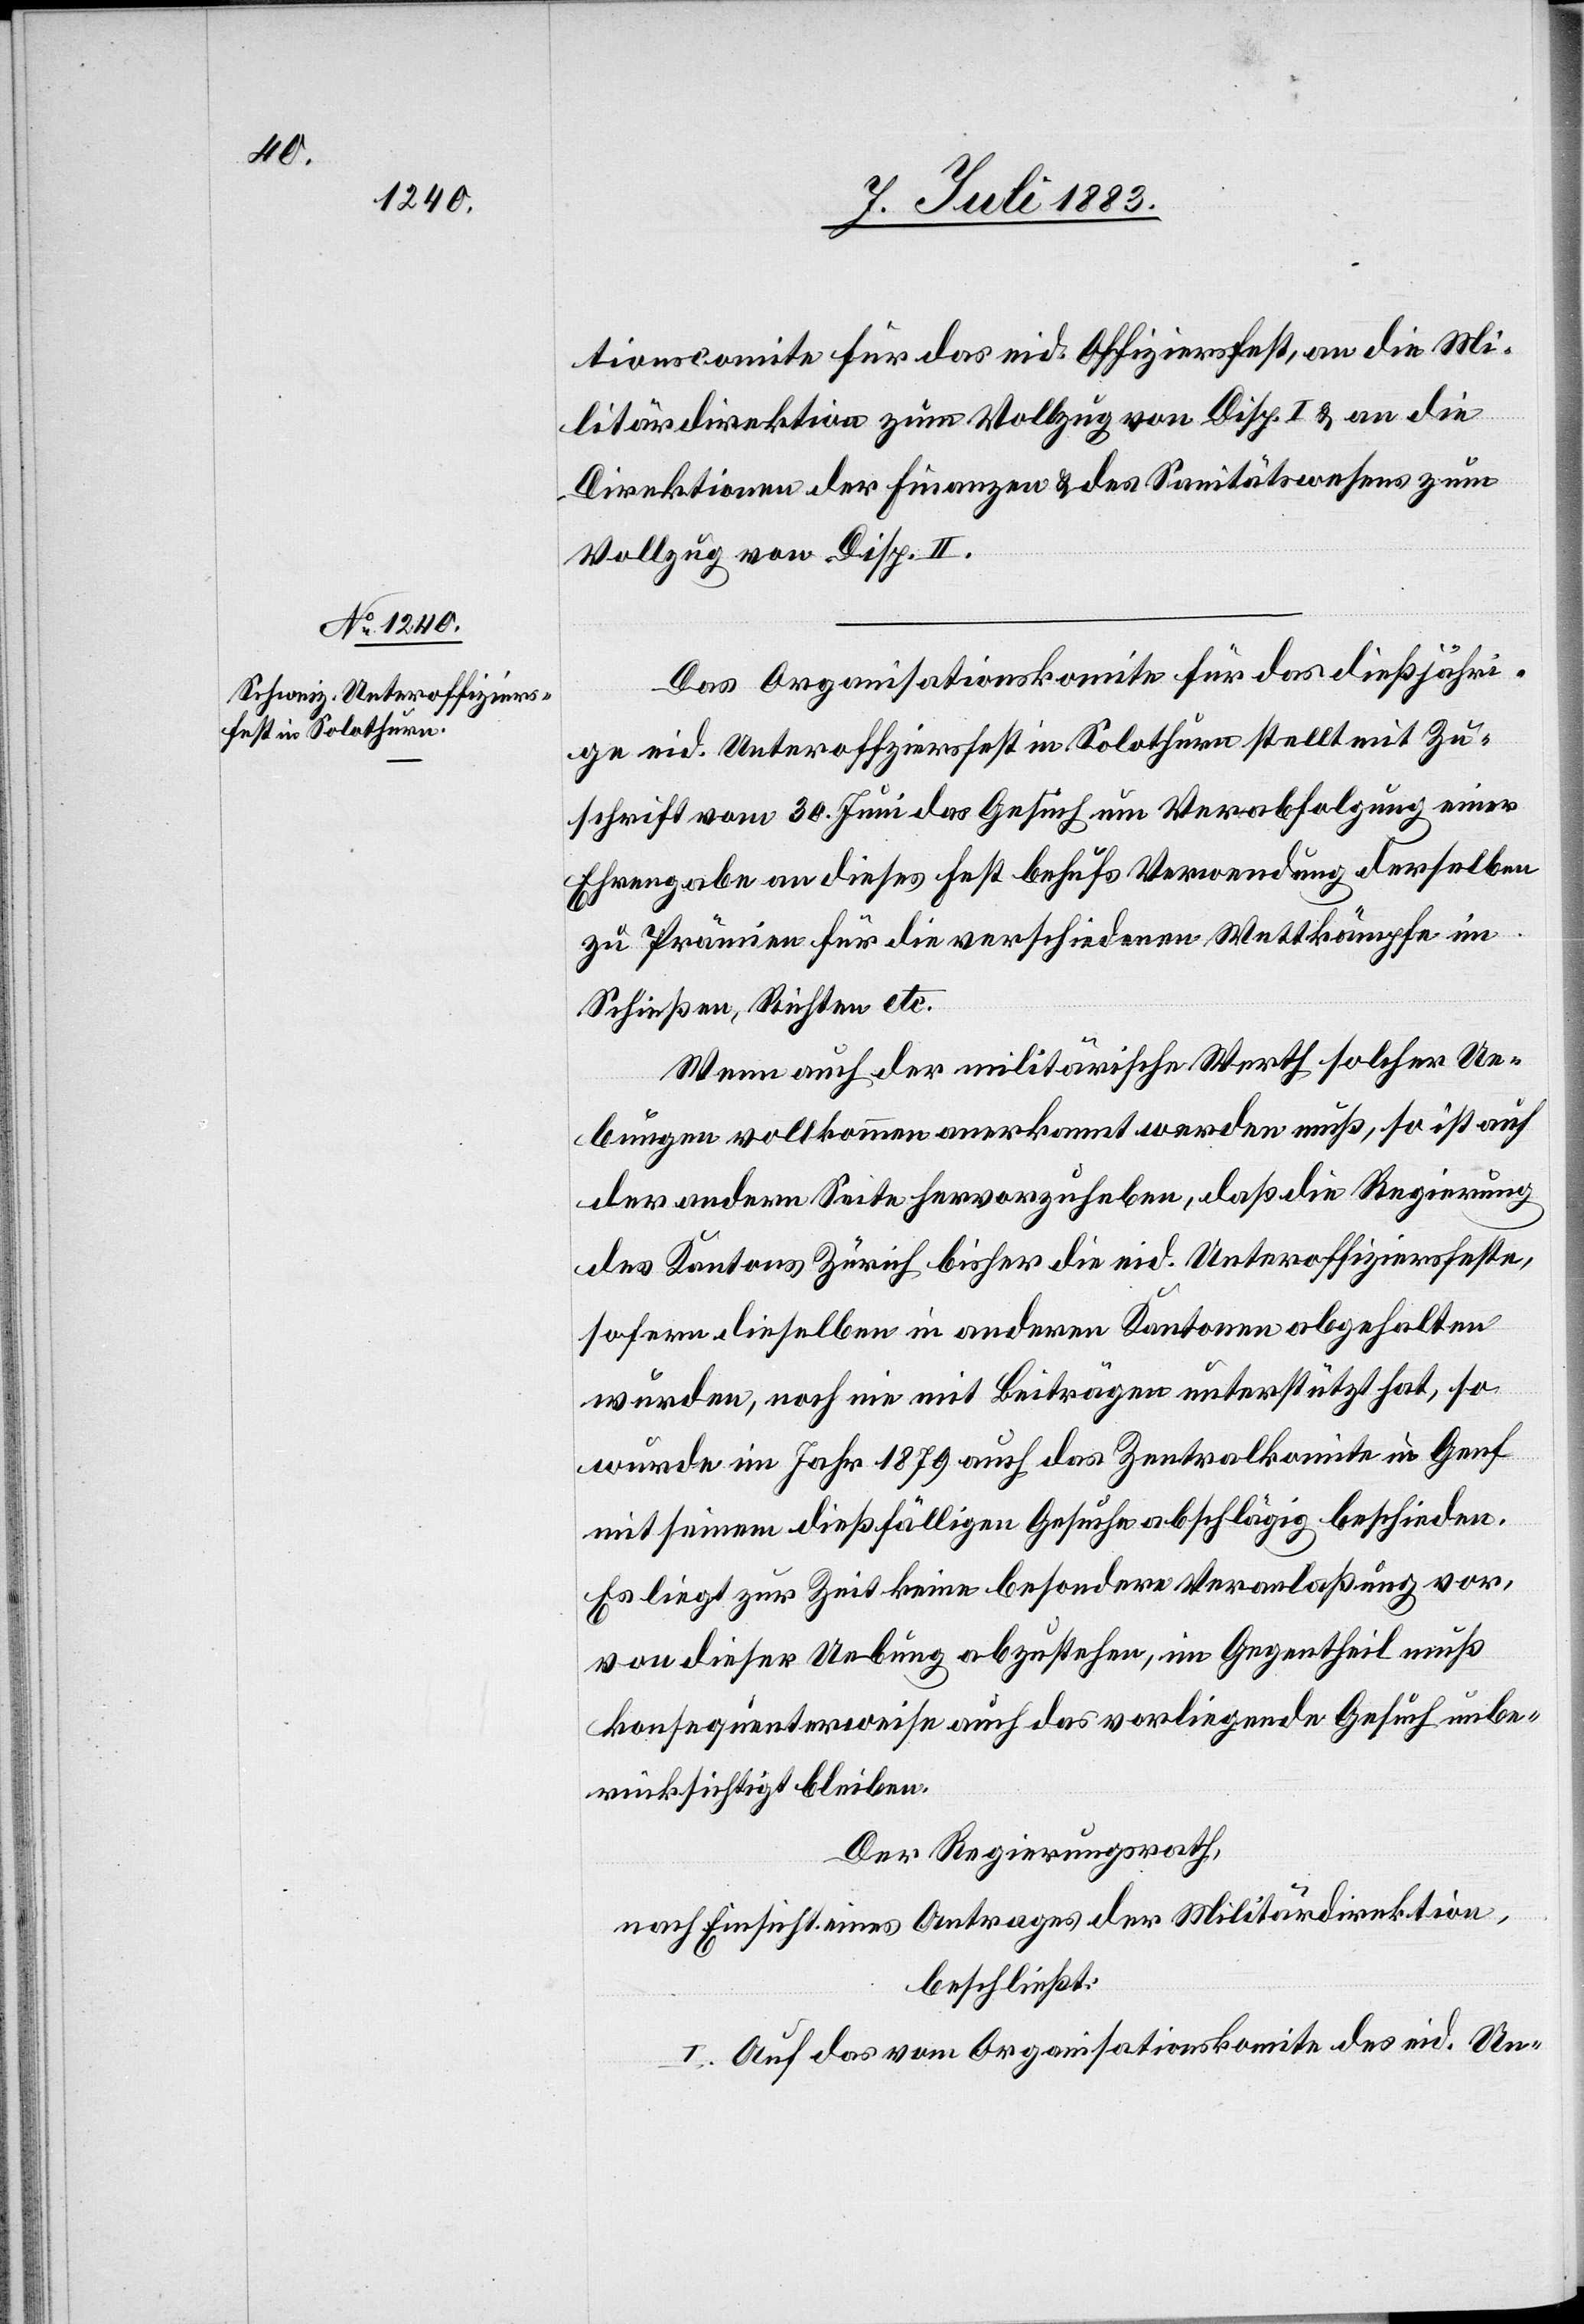
tionscomite für das eid. Offiziersfest, an die Mi¬
litärdirektion zum Vollzug von Disp. I & an die
Direktionen der Finanzen & des Sanitätswesens zum
Vollzug von Disp. II.
Das Organisationskomite für das dießjähri¬
ge eid. Unteroffiziersfest in Solothurn stellt mit Zu¬
schrift vom 30. Juni das Gesuch um Verabfolgung einer
Ehrengabe an dieses Fest behufs Verwendung derselben
zu Prämien für die verschiedenen Wettkämpfe im
Schießen, Richten etc.
Wenn auch der militärische Werth solcher Ue¬
bungen vollkommen anerkannt werden muß, so ist auf
der andern Seite hervorzuheben, daß die Regierung
des Kantons Zürich bisher die eid. Unteroffiziersfeste,
sofern dieselben in andern Kantonen abgehalten
wurden, noch nie mit Beiträgen unterstützt hat, so
wurde im Jahr 1879 auch das Zentralkomite in Genf
mit seinem dießfälligen Gesuche abschlägig beschieden.
Es liegt zur Zeit keine besondere Veranlaßung vor,
von dieser Uebung abzustehen, im Gegentheil muß
konsequenterweise auch das vorliegende Gesuch unbe¬
rücksichtigt bleiben.
Der Regierungsrath,
nach Einsicht eines Antrages der Militärdirektion.
beschließt:
I. Auf das vom Organisationskomite des eid. Un-